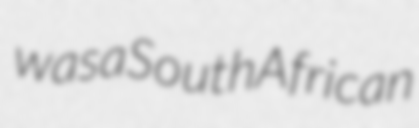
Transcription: was a South African